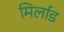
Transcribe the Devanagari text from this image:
मिर्लाड